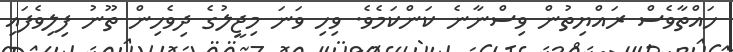
ހައްތާވެސް ރައްޔިތުން ވިސްނާނެ ކަންކަމެވެ. ވިހި ވަނަ މިޖީލުގެ ދިވެހިން ތޫނު ފިލިވެފައި